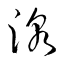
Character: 湶